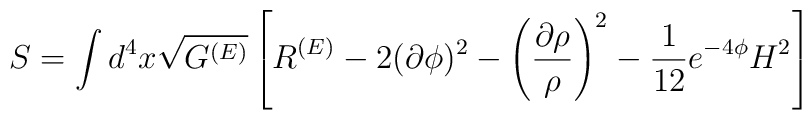
S=\int d^4x\sqrt{G^{(E)}}\left[ R^{(E)}-2(\partial \phi)^2 -\left(\frac{\partial\rho}{\rho}\right)^2 -\frac{1}{12}e^{-4 \phi}H^2\right]